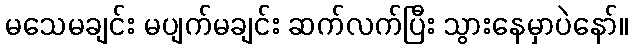
မသေမချင်း မပျက်မချင်း ဆက်လက်ပြီး သွားနေမှာပဲနော်။